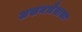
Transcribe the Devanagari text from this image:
लखनभैयाचा